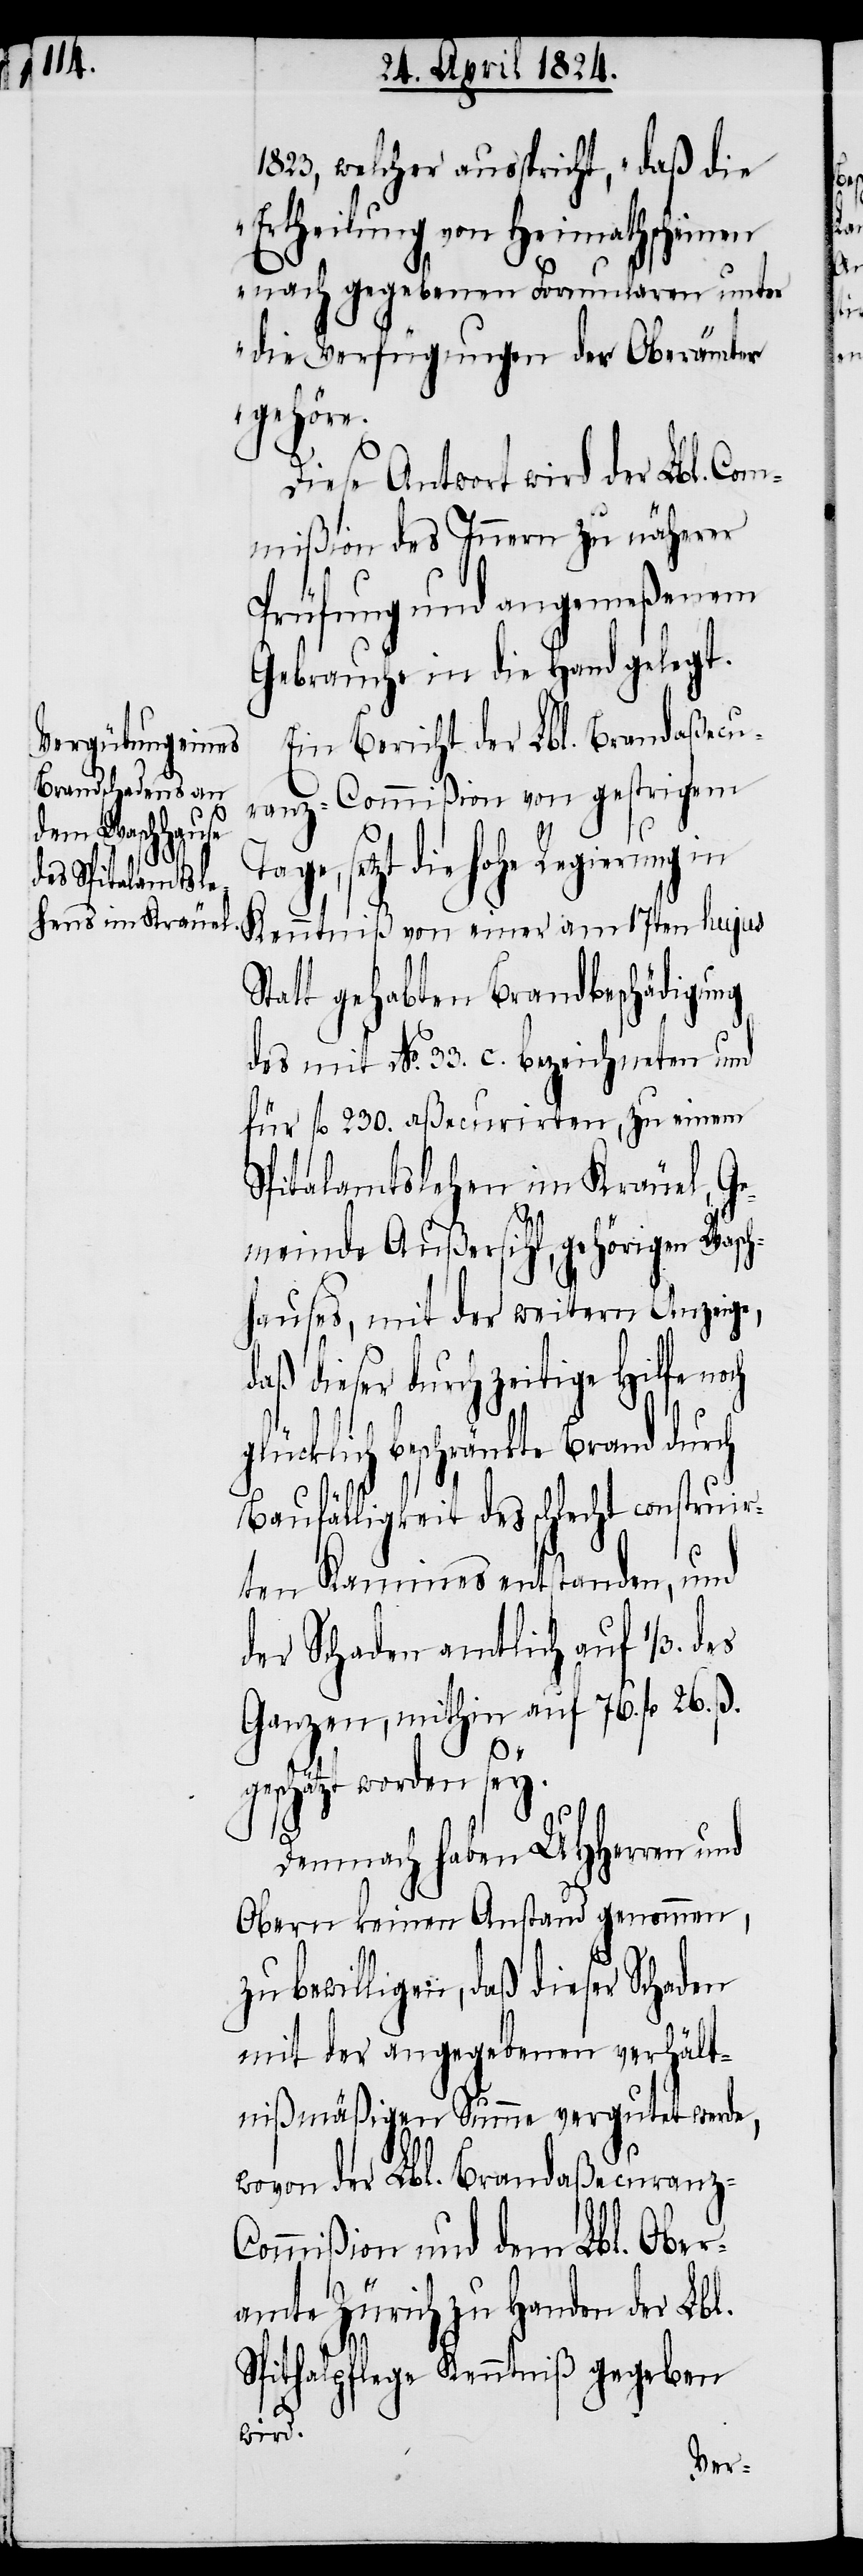
1823, welcher ausspricht, „daß die
Ertheilung von Heimathscheinen
nach gegebenen Formularen unter
die Verfügungen der Oberämter
gehöre.“
Diese Antwort wird der Lbl. Com¬
mißion des Innern zu näherer
Prüfung und angemeßenem
Gebrauche in die Hand gelegt.
Ein Bericht der Lbl. Brandaßecu¬
ranz-Commißion von gestrigem
die hohe Regierung in
Kenntniß von einer am 17ten hujus
Statt gehabten Brandbeschädigung
des mit No. 33. c. bezeichneten und
für fl. 230. aßecurirten, zu einem
Spitalamtslehen im Kräuel, Ge¬
meinde Außersihl, gehörigen Wasch¬
hauses, mit der weitern Anzeige,
daß dieser durch zeitige Hilfe noch
glücklich beschränkte Brand durch
Baufälligkeit des schlecht construir¬
ten Kamines entstanden, und
der Schaden amtlich auf 1/3. des
Ganzen, mithin auf 76. fl. 26. ß.
geschätzt worden sey.
Demnach haben UHHerren und
Obern keinen Anstand genommen,
zu bewilligen, daß dieser Schaden
mit der angegebenen verhält¬
nißmäßigen Summe vergutet werde,
wovon der Lbl. Brandaßecuranz-C¬
ommißion und dem Lbl. Ober¬
amte Zürich zu Handen der Lbl.
Spitalpflege Kenntniß gegeben
wird.